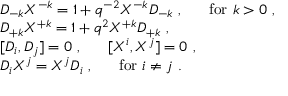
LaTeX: \begin{array} { l } { { { \cal D } _ { - k } { \cal X } ^ { - k } = 1 + q ^ { - 2 } { \cal X } ^ { - k } { \cal D } _ { - k } ~ , ~ ~ ~ ~ ~ \mathrm { f o r } ~ k > 0 ~ , } } \\ { { { \cal D } _ { + k } { \cal X } ^ { + k } = 1 + q ^ { 2 } { \cal X } ^ { + k } { \cal D } _ { + k } ~ , } } \\ { { [ { \cal D } _ { i } , { \cal D } _ { j } ] = 0 ~ , ~ ~ ~ ~ ~ [ { \cal X } ^ { i } , { \cal X } ^ { j } ] = 0 ~ , } } \\ { { { \cal D } _ { i } { \cal X } ^ { j } = { \cal X } ^ { j } { \cal D } _ { i } ~ , ~ ~ ~ ~ ~ \mathrm { f o r } ~ i \not = j ~ . } } \end{array}